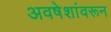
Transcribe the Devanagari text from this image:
अवषेशांवरून